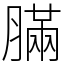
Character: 䐽